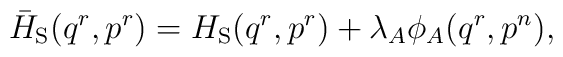
\bar{H}_{\rm S}(q^r,p^r)=H_{\rm S}(q^r,p^r) + \lambda_A\phi_A(q^r,p^n),